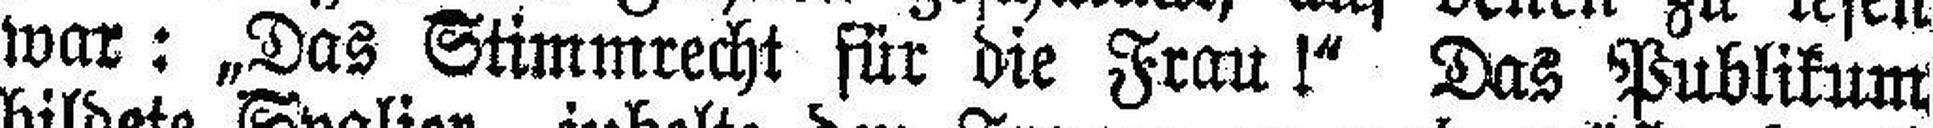
war: „Das Stimmrecht für die Frau !“ Das Publikum